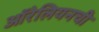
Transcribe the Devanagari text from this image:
ऑरेलियनची